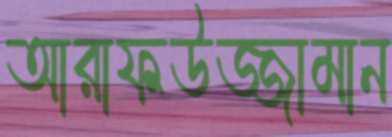
আরাফউজ্জামান